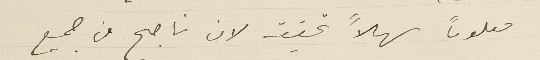
معلوماً سهلاً تحقيقه لان ناجح من جميع